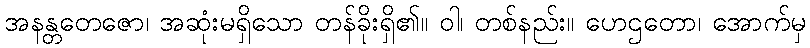
အနန္တတေဇော၊ အဆုံးမရှိသော တန်ခိုးရှိ၏။ ဝါ၊ တစ်နည်း။ ဟေဌတော၊ အောက်မှ